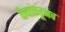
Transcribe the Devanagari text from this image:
कैद्यांकडूनच